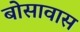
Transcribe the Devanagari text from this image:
बोसावास